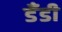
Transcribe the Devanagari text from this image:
डँडी